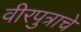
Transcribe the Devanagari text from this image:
वीरपुत्राचे